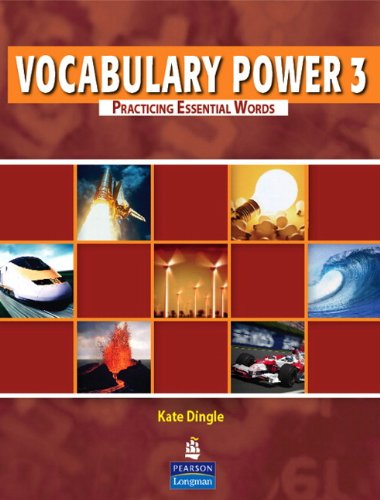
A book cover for Vocabulary Power 3: Practicing Essential Words; DINGLE; Reference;